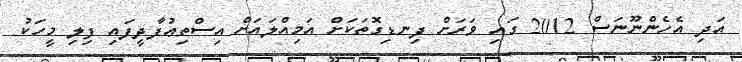
އަދި އެހެންނޫނަސް 2012 ގައި ވަރަށް ފިނޑިގޮތަކަށް އަމިއްލައަށް އިސްތިޢުފާދީފައި ފިލި މީހަކު